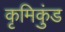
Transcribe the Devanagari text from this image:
कृमिकुंड